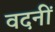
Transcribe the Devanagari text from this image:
वदनीं